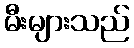
မီးများသည်